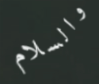
والسلام